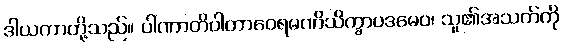
ဒါယကာတို့သည်။ ပါဏာတိပါတာဝေရမဏိသိက္ခာပဒမေဝ၊ သူ၏အသက်ကို